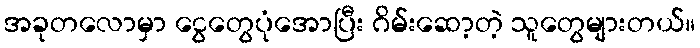
အခုတလောမှာ ငွေတွေပုံအောပြီး ဂိမ်းဆော့တဲ့ သူတွေများတယ်။